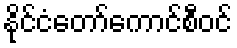
နိုင်ငံတော်ကောင်စီဝင်